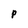
Character: P